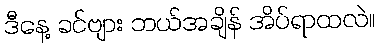
ဒီနေ့ ခင်ဗျား ဘယ်အချိန် အိပ်ရာထလဲ။